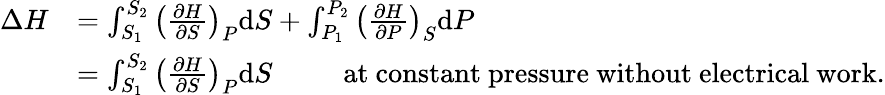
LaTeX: {\begin{array}{rl}{\Delta H}&{=\int_{S_{1}}^{S_{2}}\left({\frac{\partial H}{\partial S}}\right)_{P}\mathrm{d}S+\int_{P_{1}}^{P_{2}}\left({\frac{\partial H}{\partial P}}\right)_{S}\mathrm{d}P}\\ &{=\int_{S_{1}}^{S_{2}}\left({\frac{\partial H}{\partial S}}\right)_{P}\mathrm{d}S\, \, \, \, \, \, \, \, \, \, \, \, \, \, \, {\mathrm{at~constant~pressure~without~electrical~work.}}}\end{array}}